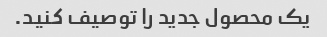
یک محصول جدید را توصیف کنید.